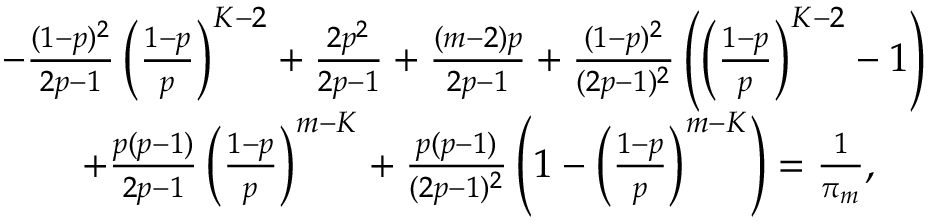
\begin{array} { r l } & { - \frac { ( 1 - p ) ^ { 2 } } { 2 p - 1 } \left( \frac { 1 - p } { p } \right) ^ { K - 2 } + \frac { 2 p ^ { 2 } } { 2 p - 1 } + \frac { ( m - 2 ) p } { 2 p - 1 } + \frac { ( 1 - p ) ^ { 2 } } { ( 2 p - 1 ) ^ { 2 } } \left( \left( \frac { 1 - p } { p } \right) ^ { K - 2 } - 1 \right) } \\ & { \qquad + \frac { p ( p - 1 ) } { 2 p - 1 } \left( \frac { 1 - p } { p } \right) ^ { m - K } + \frac { p ( p - 1 ) } { ( 2 p - 1 ) ^ { 2 } } \left( 1 - \left( \frac { 1 - p } { p } \right) ^ { m - K } \right) = \frac { 1 } { \pi _ { m } } , } \end{array}